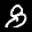
Label: 8